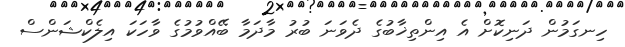
ހިނގަމުން ދަނިކޮށް އެ އިންތިޚާބުގެ ދެވަނަ ބުރު މާދަމާ ބޭއްވުމުގެ ވާހަކަ އިލެކްޝަންސް